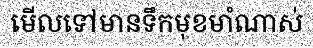
មើលទៅមានទឹកមុខមាំណាស់